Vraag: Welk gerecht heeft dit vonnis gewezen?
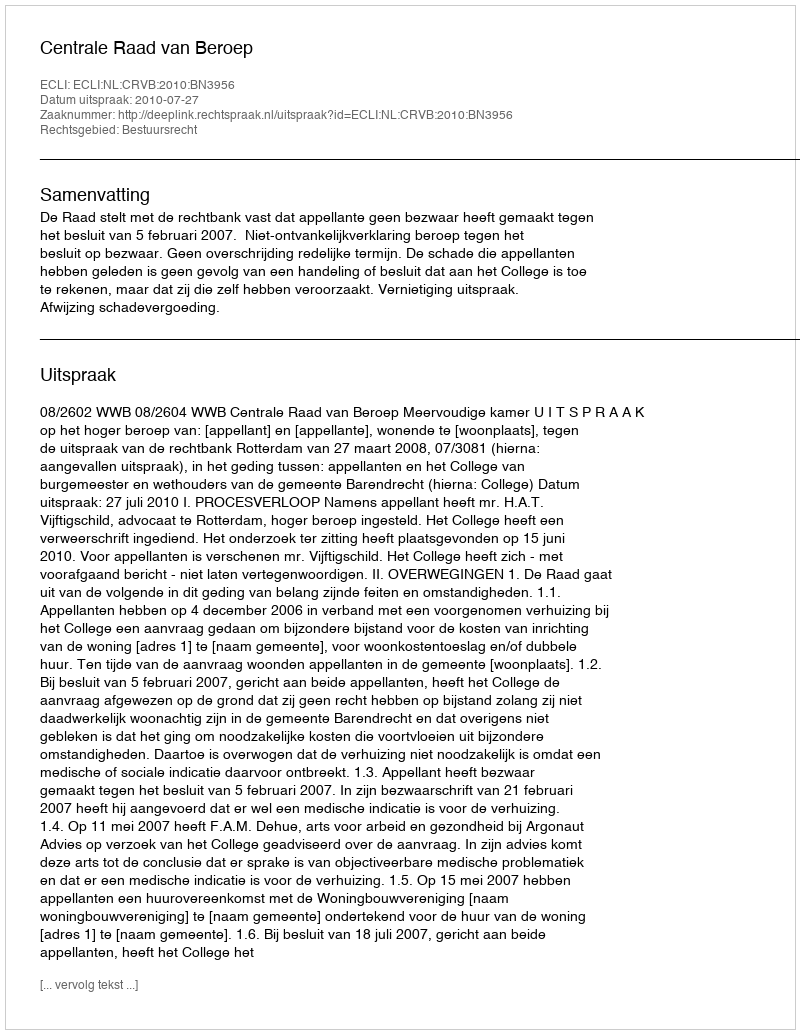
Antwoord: Centrale Raad van Beroep